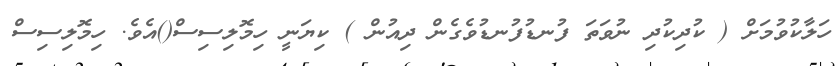
ހަލާކުވުމަށް ( ކުދިކުދި ނުވަތަ ފުނޑުފުނޑުވެގެން ދިއުން ) ކިޔަނީ ހިމޮލިސިސް()އެވެ. ހިމޮލިސިސް